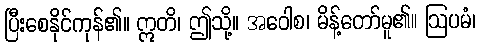
ပြီးစေနိုင်ကုန်၏။ ဣတိ၊ ဤသို့။ အဝေါစ၊ မိန့်တော်မူ၏။ ဩပမံ၊